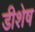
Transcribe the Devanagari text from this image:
डीशेष